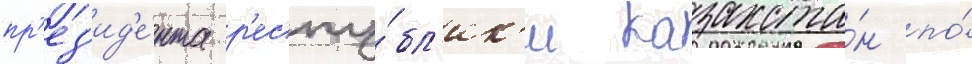
пр'ез'ид'е́нта р'еспу́бл'ик'и казахста́н по́